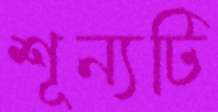
শূন্যটি